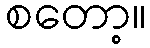
စတော့။